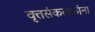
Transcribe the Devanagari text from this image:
वृत्तसंकलकांना